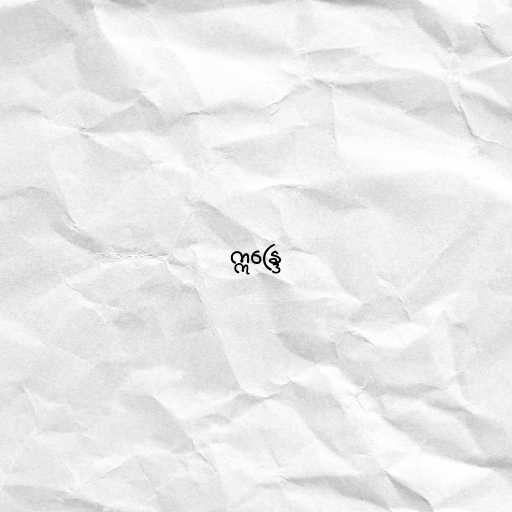
ဣန္ဒြေ